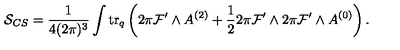
{ \cal S } _ { C S } = \frac { 1 } { 4 ( 2 \pi ) ^ { 3 } } \int \mathrm { t r } _ { q } \left( 2 \pi { \cal F } ^ { \prime } \wedge A ^ { ( 2 ) } + \frac { 1 } { 2 } 2 \pi { \cal F } ^ { \prime } \wedge 2 \pi { \cal F } ^ { \prime } \wedge A ^ { ( 0 ) } \right) .